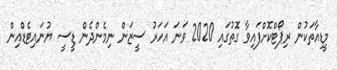
މީޑިއާތަކުން ރިޕޯޓްކޮށްފައިވާ ގޮތުގައި 2020 ވަނަ އަހަރު ސީޒަން ނިމެންދެން ޑީސީ ޔުނައިޓެޑްއިން